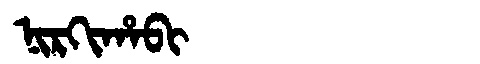
Manchu: ᠨᡳᡵᡴᡳᡥᠠᠪᡳ
Romanization: NIRKIHABI